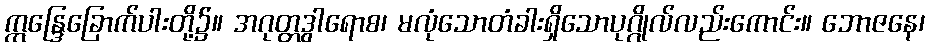
ဣန္ဒြေခြောက်ပါးတို့၌။ အဂုတ္တဒွါရောစ၊ မလုံသောတံခါးရှိသောပုဂ္ဂိုလ်လည်းကောင်း။ ဘောဇနေ၊